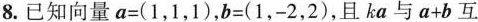
8.已知向量a=(1，1，1)，b=(1，-2，2)，且ka与a+b互